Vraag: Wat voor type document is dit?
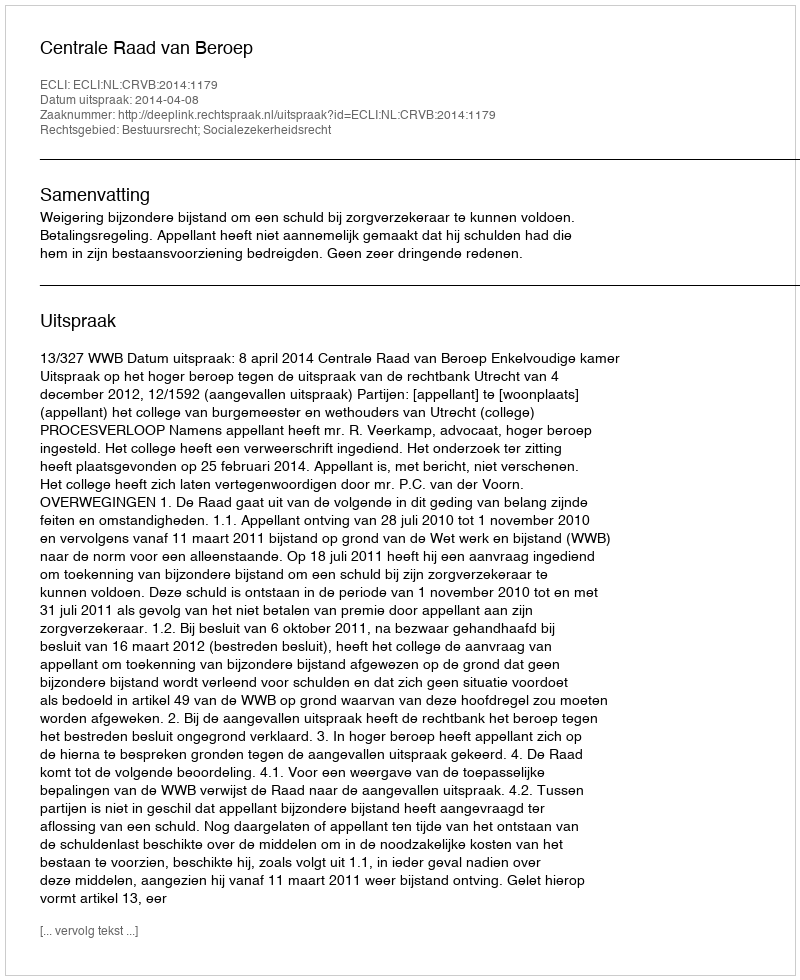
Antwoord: Uitspraak